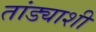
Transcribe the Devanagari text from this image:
तांड्याशी